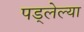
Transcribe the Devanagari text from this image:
पड्लेल्या